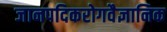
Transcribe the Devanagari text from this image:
जानपदिकरोगवैज्ञानिक